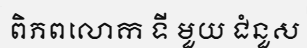
ពិភពលោក ទី មួយ ជំនួស